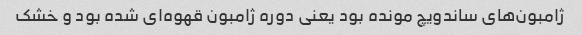
ژامبون‌های ساندویچ مونده بود یعنی دوره ژامبون قهوه‌ای شده بود و خشک